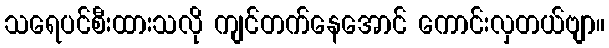
သရေပင်စီးထားသလို ကျင်တက်နေအောင် ကောင်းလှတယ်ဗျာ။